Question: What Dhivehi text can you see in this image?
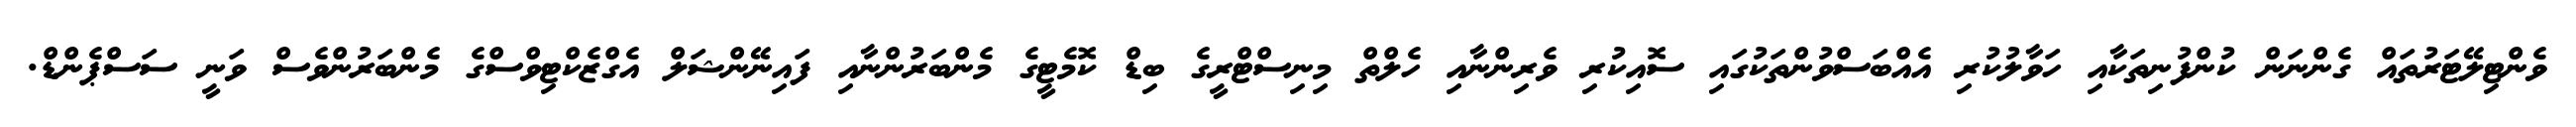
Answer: ވެންޓިލޭޓަރުތައް ގެންނަން ކުންފުނިތަކާއި ހަވާލުކުރި އެއްބަސްވުންތަކުގައި ސޮއިކުރި ވެރިންނާއި ހެލްތް މިނިސްޓްރީގެ ބިޑް ކޮމެޓީގެ މެންބަރުންނާއި ފައިނޭންޝަލް އެގްޒެކްޓިވްސްގެ މެންބަރުންވެސް ވަނީ ސަސްޕެންޑް.